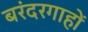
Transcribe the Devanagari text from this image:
बरंदरगाहों